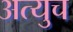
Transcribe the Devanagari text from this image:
अत्युच